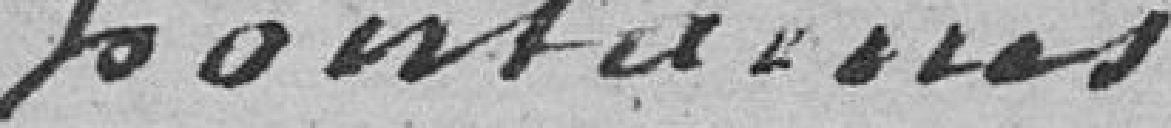
fontaines